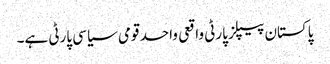
پاکستان پیپلز پارٹی واقعی واحد قومی سیاسی پارٹی ہے۔